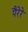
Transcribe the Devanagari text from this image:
पैरेरे